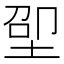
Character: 𱖵